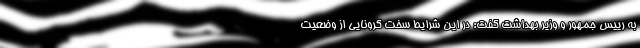
به رییس جمهور و وزیر بهداشت گفت: در این شرایط سخت کرونایی از وضعیت